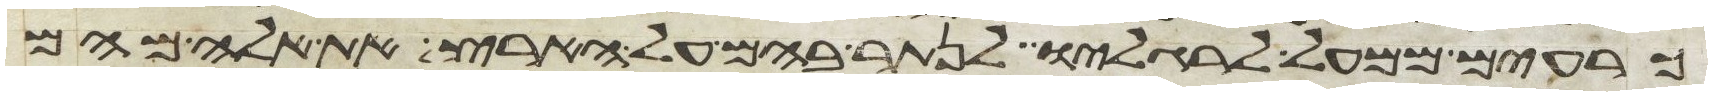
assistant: כרעים ממעל לרגליו לנתר בהם על הארץ את אלה מהם